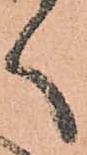
く